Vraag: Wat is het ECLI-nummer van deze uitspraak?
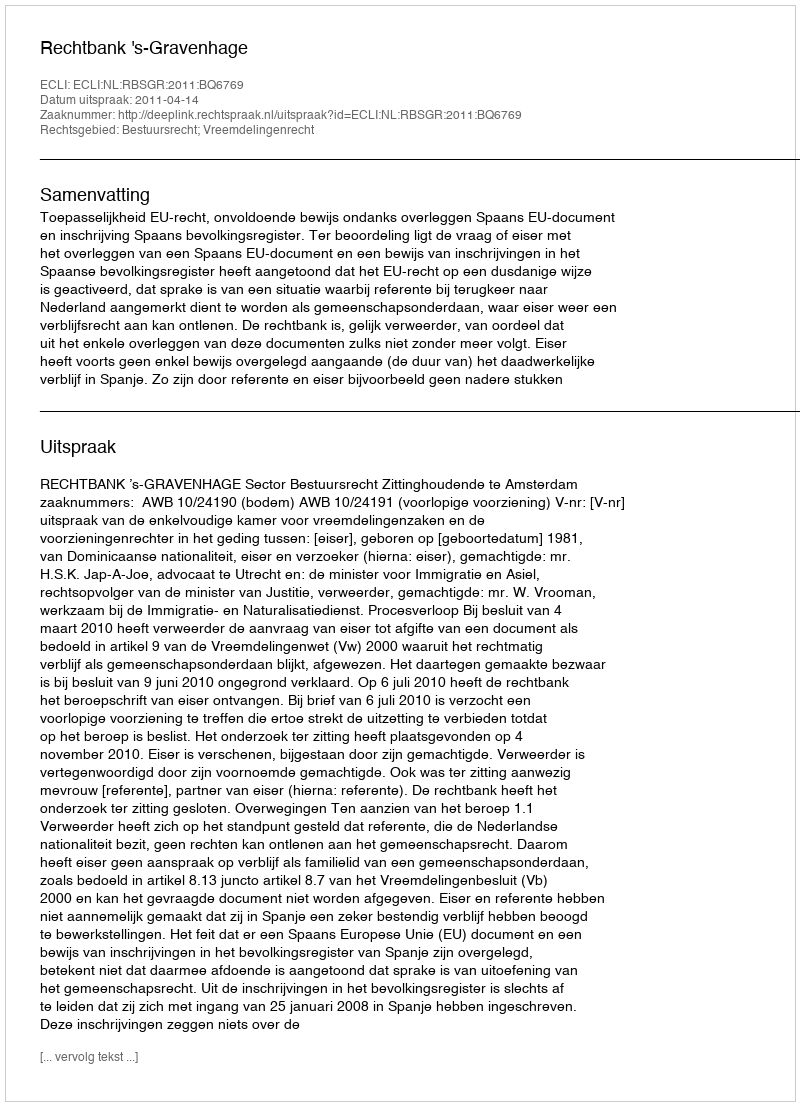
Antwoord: ECLI:NL:RBSGR:2011:BQ6769